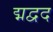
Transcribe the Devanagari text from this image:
द्मद्वद